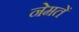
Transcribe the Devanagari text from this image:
नेमतें